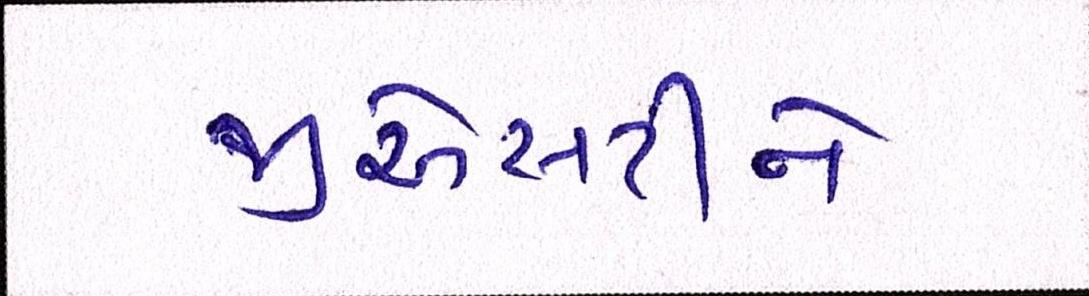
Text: જીએસટીને